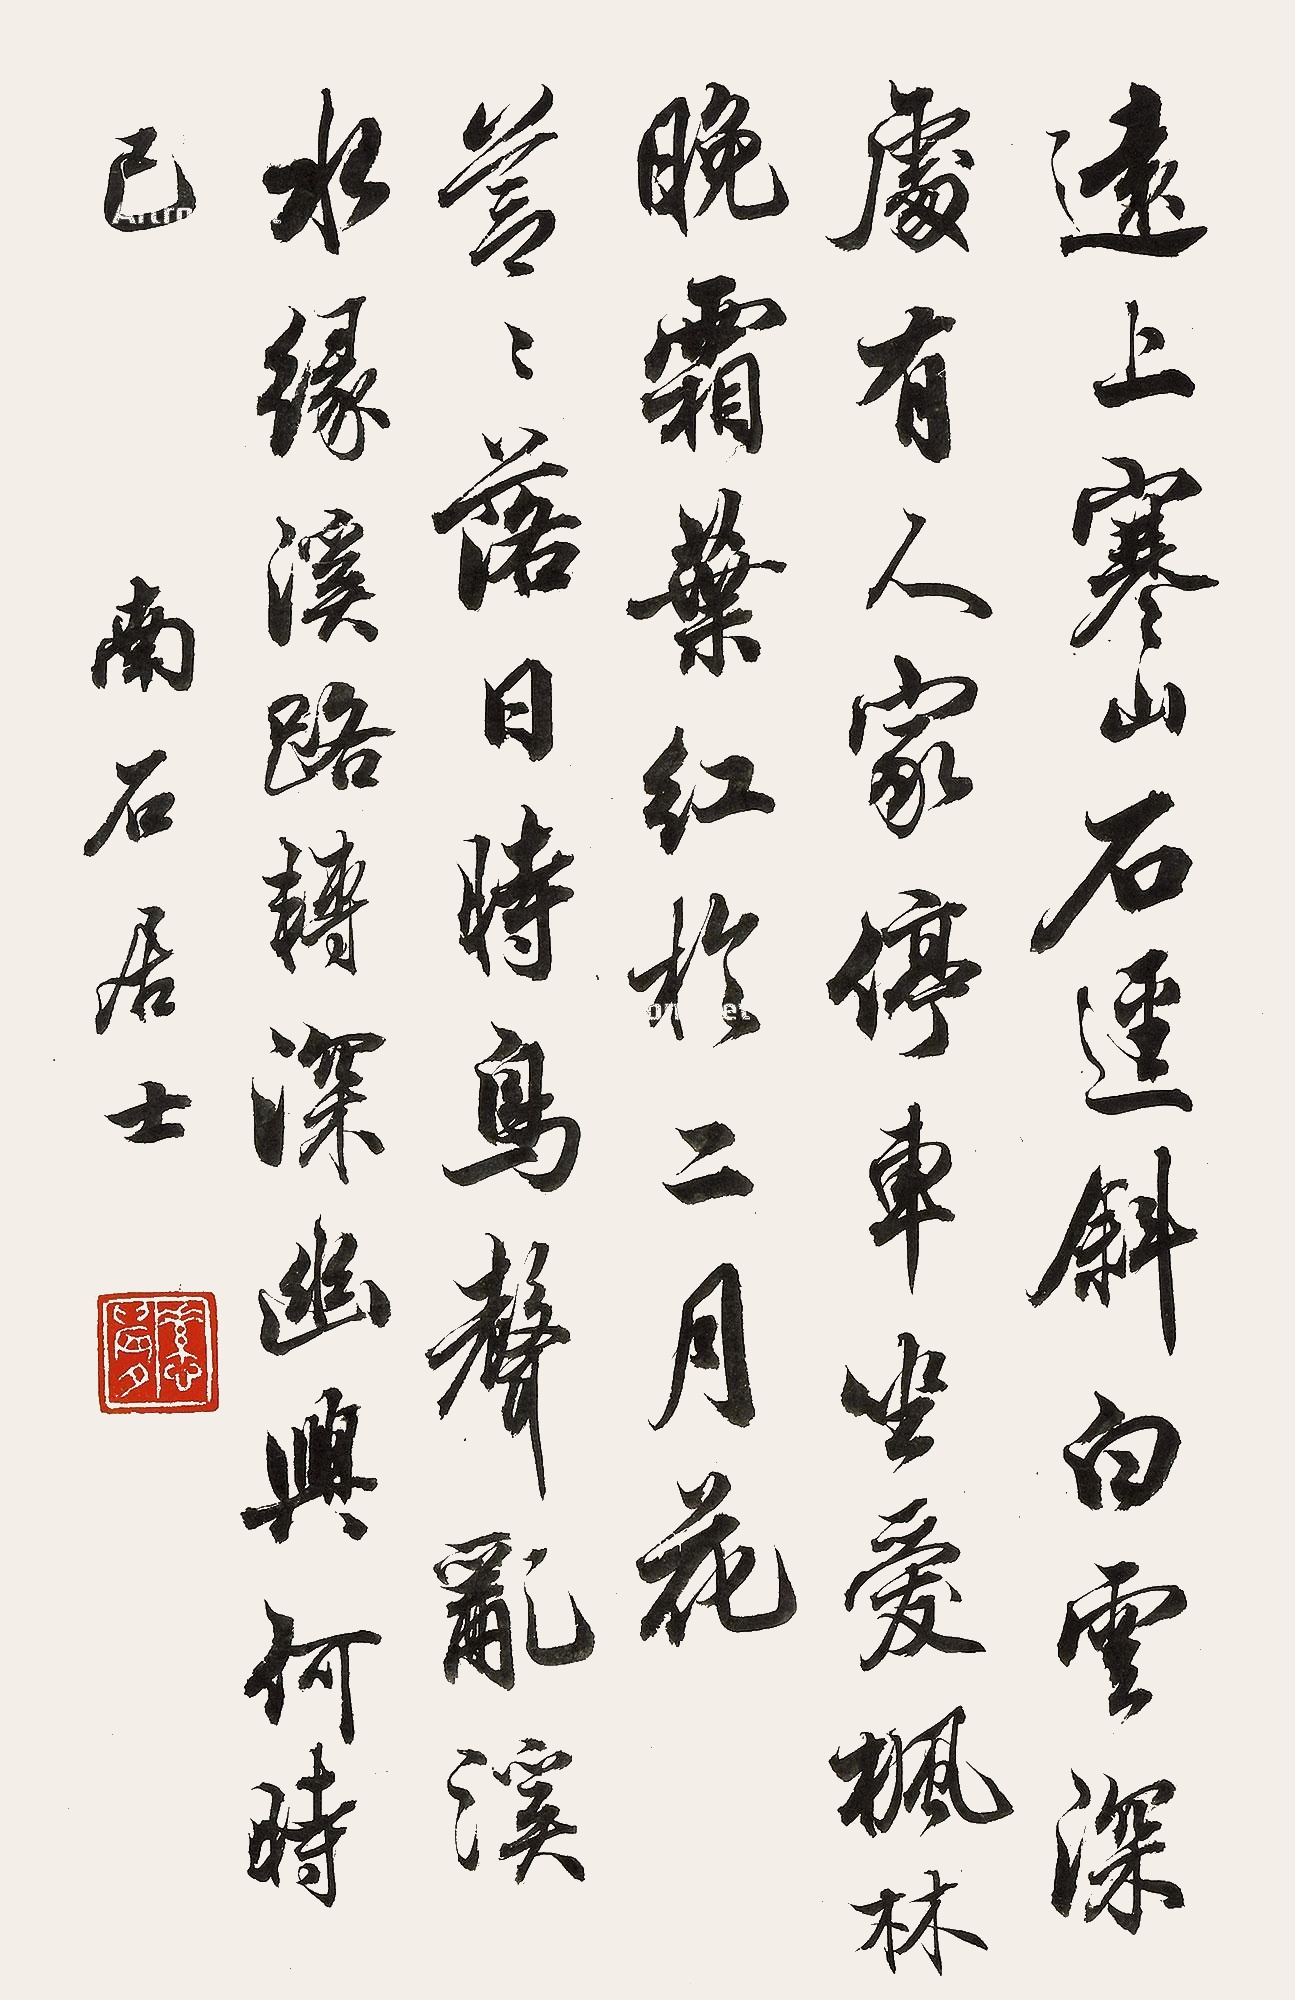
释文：远上寒山石径斜，白云深处有人家。停车坐爱枫林晚，霜叶红于二月花。苍苍落日时，鸟声乱溪水。缘溪路转深，幽兴何时已。南石居士。